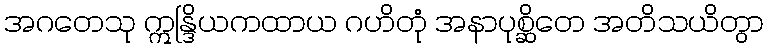
အဂတေသု ဣန္ဒြိယကထာယ ဂဟိတုံ အနာပုစ္ဆိတေ အတိသယိတွာ